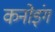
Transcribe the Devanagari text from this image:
कनोइंग